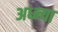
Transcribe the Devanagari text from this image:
अध्न्या